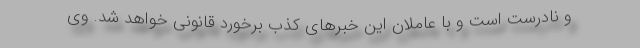
و نادرست است و با عاملان این خبرهای کذب برخورد قانونی خواهد شد. وی